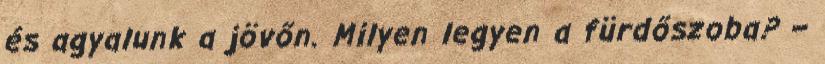
és agyalunk a jövőn. Milyen legyen a fürdőszoba? –